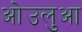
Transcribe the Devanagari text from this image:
ओउलुआ